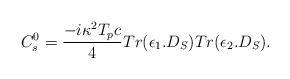
\begin{align*}C_{s}^0={-i\kappa^2T_pc\over4}Tr(\epsilon_1.D_S)Tr(\epsilon_2.D_S).\end{align*}